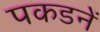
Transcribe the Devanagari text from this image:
पकडनें